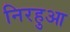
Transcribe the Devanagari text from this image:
निरहुआ